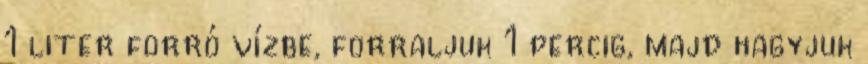
1 liter forró vízbe, forraljuk 1 percig, majd hagyjuk